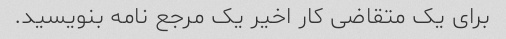
برای یک متقاضی کار اخیر یک مرجع نامه بنویسید.